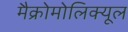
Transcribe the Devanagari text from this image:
मैक्रोमोलिक्यूल